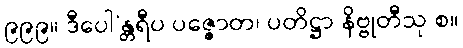
၉၉၉။ ဒီပေါ’န္တရီပ ပဇ္ဇောတ၊ ပတိဋ္ဌာ နိဗ္ဗုတီသု စ။